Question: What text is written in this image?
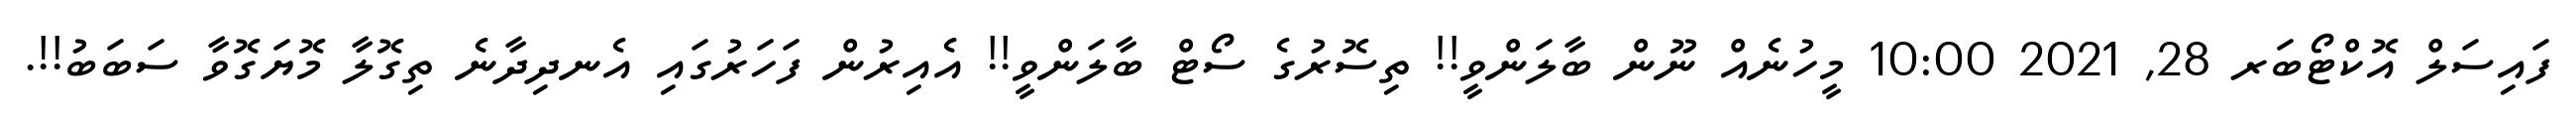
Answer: ފައިސަލް އޮކްޓޯބަރ 28, 2021 10:00 މީހުނެއް ނޫން ބާލަންވީ!! ތިސޮރުގެ ސޯޓް ބާލަންވީ!! އެއިރުން ފަހަރުގައި އެނދިދާނެ ތިގޮލާ މޮޔަގޮވާ ސަބަބު!!.